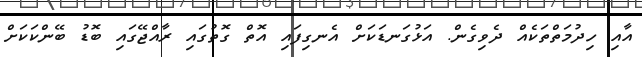
އާއި ހިދުމަތްތަކެއް ދެވިގެން. އަޅުގަނޑަކަށް އެނގިފައި އޮތް ގޮތުގައި ރާއްޖޭގައި ބޮޑު ބޭންކަކަށް